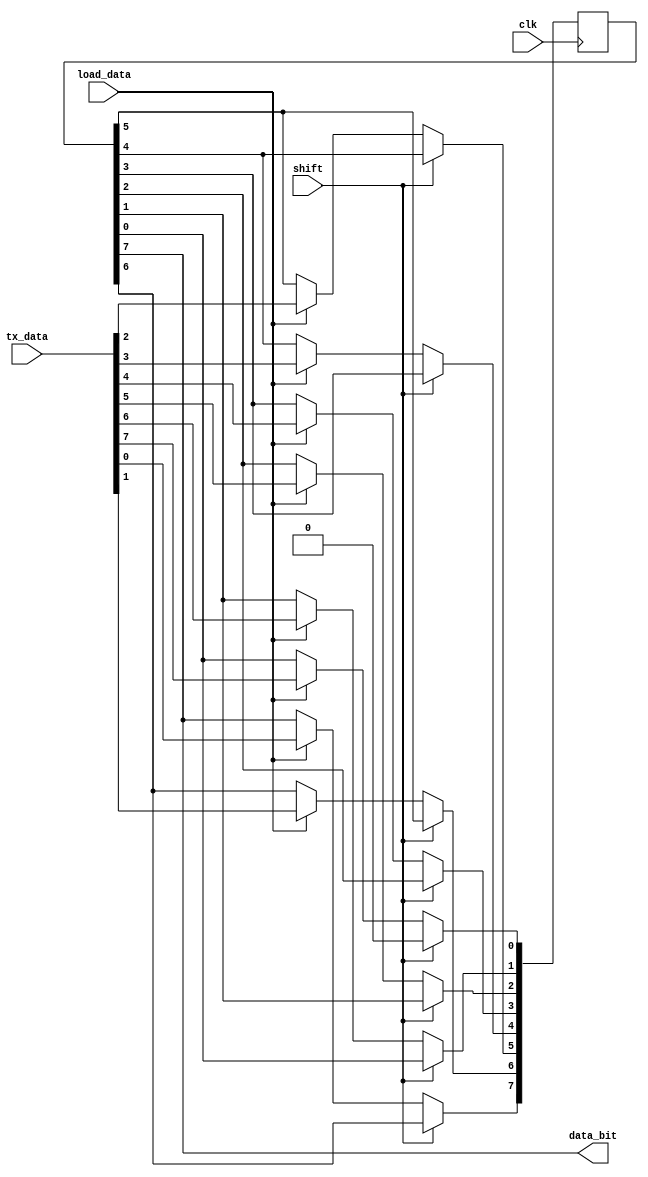
module piso (clk, tx_data, shift, load_data, data_bit);

    input clk, shift, load_data;
    input [7:0] tx_data;

    output data_bit;

    reg [7:0] temp;
    integer i;

    always @ (posedge clk) begin
        if(load_data) 
            for (i=7; i >= 0; i=i-1)
                temp[7-i] <= tx_data[i];

        if(shift) 
            temp <= {temp[6:0], 1'b0};
    end

    assign data_bit = temp[7];

endmodule

/*
module pisotest;

    reg clk, shift, load_data;
    reg [7:0] tx_data;

    wire data_bit;

    piso p1 (.clk(clk), .tx_data(tx_data), .shift(shift), .load_data(load_data), .data_bit(data_bit));

    initial begin
        $dumpfile("piso_tb.vcd");
        $dumpvars(0, pisotest);

        clk=1; tx_data=8'b10110011; load_data=0; shift=0;
        #4 load_data=1; shift=0;
    	#4 load_data=0; shift=1;
    end

    always #2 clk=~clk;

    initial begin 
        $monitor("time=%0d, clk=%b, tx_data=%b, shift=%b, load_data=%b, data_bit=%b", $time, clk, tx_data, shift, load_data, data_bit);
    end

endmodule
*/